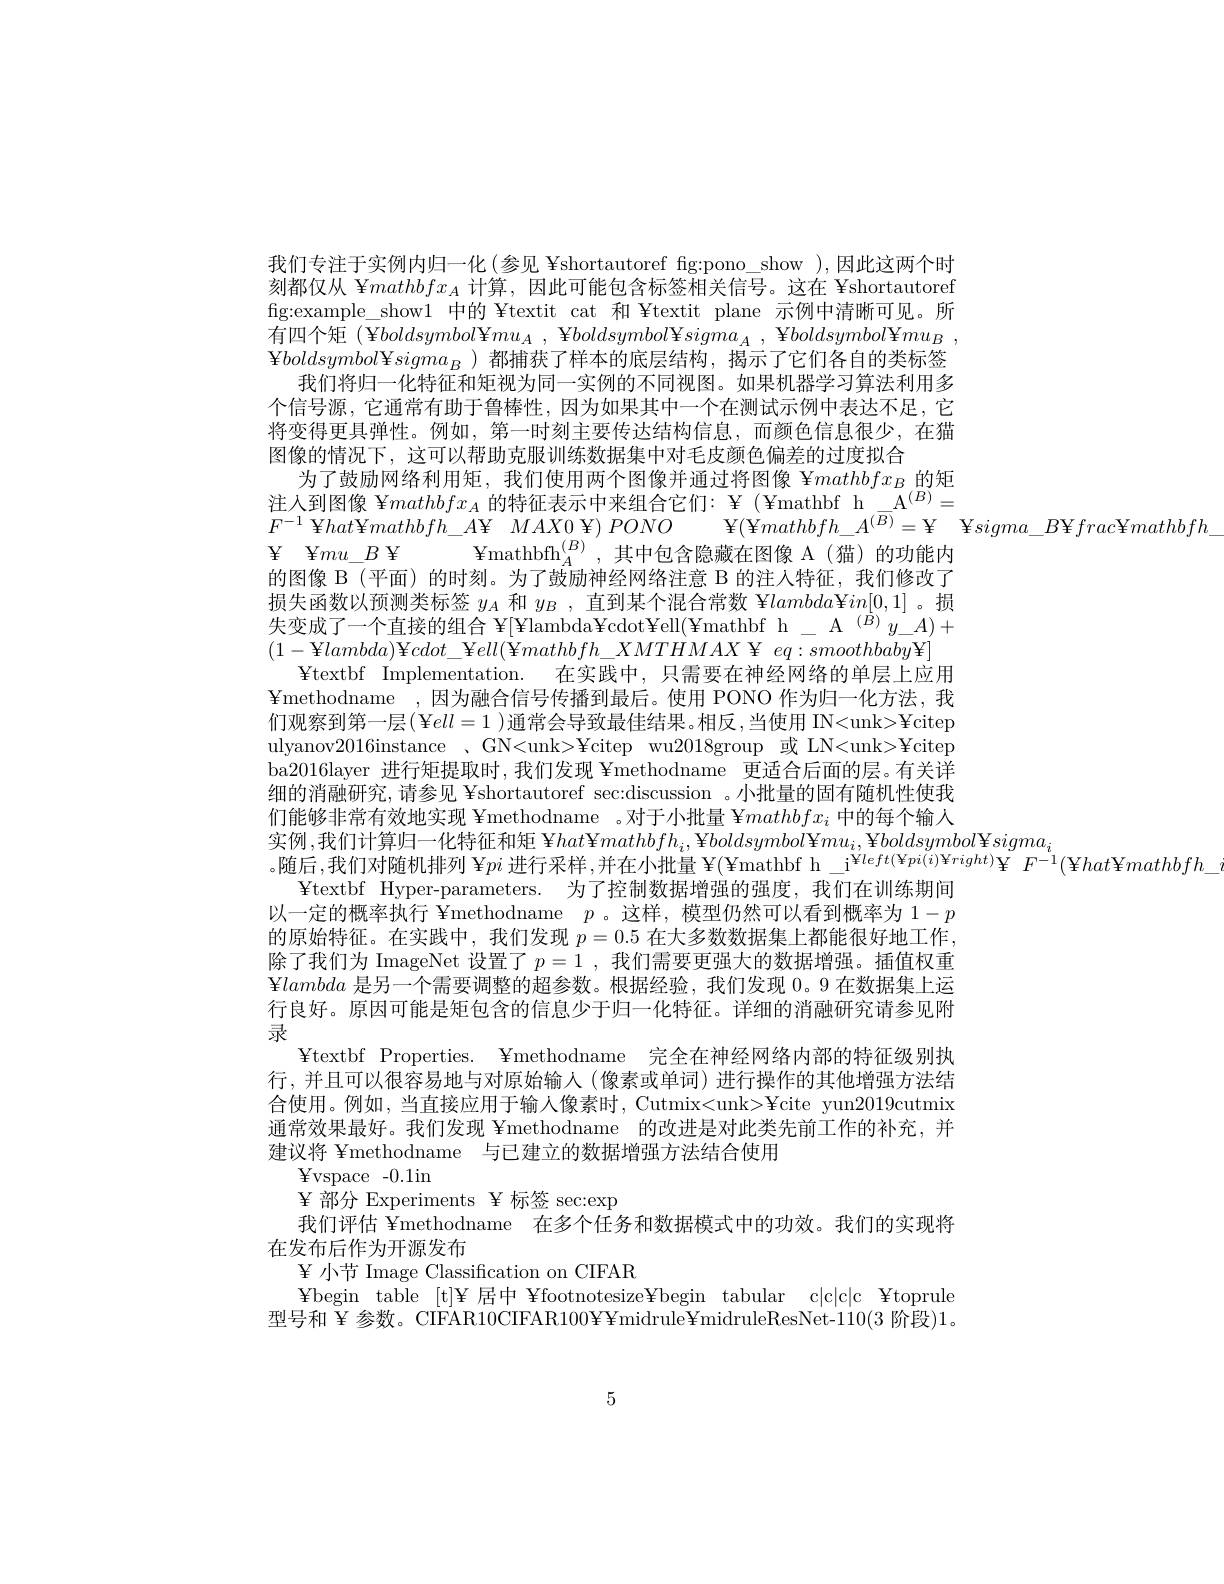
我们专注于实例内归一化(参见 ¥shortautoref fig:pono\_show ),因此这两个时刻都仅从$\Psi mathbfx_{A}$计算，因此可能包含标签相关信号。这在 ¥shortautoref fig:example\_show1 中的 ¥textit cat 和 ¥textit plane 示例中清晰可见。所有四个矩$( ¥ boldsymbol¥ mu_{A}$ , $¥ boldsymbol¥ sigma_{A}$ , $¥ boldsymbol¥ mu_{B}$ , ¥ boldsymbol¥ $sigma_B$)都捕获了样本的底层结构，揭示了它们各自的类标签
我们将归一化特征和矩视为同一实例的不同视图。如果机器学习算法利用多个信号源，它通常有助于鲁棒性，因为如果其中一个在测试示例中表达不足，它将变得更具弹性。例如，第一时刻主要传达结构信息，而颜色信息很少，在猫图像的情况下，这可以帮助克服训练数据集中对毛皮颜色偏差的过度拟合
为了鼓励网络利用矩，我们使用两个图像并通过将图像 ¥$mathbfx_B$的矩注人到图像 ¥$mathbfx_A$的特征表示中来组合它们：¥ (¥mathbf h A$^{(B)}=$ $F^{- 1}$ ¥hat¥$mathbfh\_A$¥ $MAX0$¥) $PONO$
$\Psi ( \dot{\Psi } mathbfh\_ A^{( \overline {B}) }= \Psi$ ¥$sigma\_B$¥$frac\Psi mathbfh$
的图像 B (平面) 的时刻。为了鼓励神经网络注意 B 的注人特征，我们修改了损失函数以预测类标签$y_A$和$y_B$ ,直到某个混合常数 ¥lambda¥$in[0,1]$ 。损失变成了一个直接的组合 ¥[¥lambda¥cdot¥ell(¥mathbf h_- A$^{(B)}y_-A)+$ (1-¥$lambda)$¥$cdot\_$¥$ell($¥$mathbfh\_XMTHMAX$¥$eq:smoothbaby$¥(1-¥$lambda)$¥$cdot\_$¥$ell($¥$mathbfh\_XMTHMAX$¥$eq:smoothbaby$¥
¥textbf Implementation. 在实践中，只需要在神经网络的单层上应用¥methodname ,因为融合信号传播到最后。使用 PONO 作为归一化方法，我们观察到第一层(¥$ell=1$ )通常会导致最佳结果。相反，当使用 IN<unk>¥citep ulyanov2016instance 、GN<unk>¥citep wu2018group 或 LN<unk>¥citep ba2016layer 进行矩提取时，我们发现 ¥methodname 更适合后面的层。有关详细的消融研究，请参见 ¥shortautoref sec:discussion 。小批量的固有随机性使我们能够非常有效地实现 ¥methodname 。对于小批量 ¥$mathbfx_i$中的每个输人实例，我们计算归一化特征和矩$¥hat¥mathbfh_i$,¥$boldsymbol¥mu_i$,¥boldsymbol¥$sigma_i$
。随后，我们对随机排列 Y$pi$ 进行采样，并在小批量 ¥(¥mathbf h\_$\overset{\breve{\Psi}left(\mathrm{Y}pi(i)\mathbf{Y}right)}$¥$F^-1($¥hat¥$mathbfh\_$
¥ textbf Hyper- parameters. 为了控制数据增强的强度，我们在训练期间以一定的概率执行 ¥methodname $p$。这样，模型仍然可以看到概率为 1-p 的原始特征。在实践中，我们发现 $p=0.5$ 在大多数数据集上都能很好地工作， 除了我们为 ImageNet 设置了$p=1$, 我们需要更强大的数据增强。插值权重$¥lambda$是另一个需要调整的超参数。根据经验，我们发现 0。9 在数据集上运行良好。原因可能是矩包含的信息少于归一化特征。详细的消融研究请参见附录
¥textbf Properties. ¥methodname 完全在神经网络内部的特征级别执行，并且可以很容易地与对原始输入(像素或单词)进行操作的其他增强方法结合使用。例如，当直接应用于输入像素时，Cutmix<unk>¥cite yun2019cutmix 通常效果最好。我们发现 ¥methodname 的改进是对此类先前工作的补充，并建议将 ¥methodname 与已建立的数据增强方法结合使用
Yvspace${- 0. 1in}$
$\Psi$部分 Experiments ¥ 标签 sec:exp
我们评估 ¥methodname 在多个任务和数据模式中的功效。我们的实现将
在发布后作为开源发布
${\mathrm{~}}{\mathrm{~}}{\mathrm{~}}{\mathrm{~}}{\mathrm{~}}{\mathrm{~}}{\mathrm{~}}{\mathrm{~}}{\mathrm{~}}{\mathrm{~}}{\mathrm{~}}{\mathrm{~}}{\mathrm{~}}{\mathrm{~}}{\mathrm{~}}{\mathrm{~}}{\mathrm{~}}{\mathrm{~}}{\mathrm{~}}{\mathrm{~}}$
Ybegin table [t]¥ 居中 ¥footnotesize¥begin tabular c|c|c|c ¥toprule 型号和 ¥ 参数。CIFAR10CIFAR100¥ Ymidrule¥ midruleResNet-110(3 阶段)1。

5